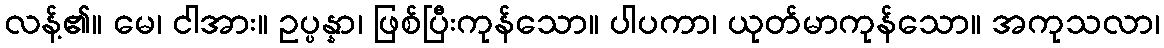
လန့်၏။ မေ၊ ငါအား။ ဥပ္ပန္နာ၊ ဖြစ်ပြီးကုန်သော။ ပါပကာ၊ ယုတ်မာကုန်သော။ အကုသလာ၊